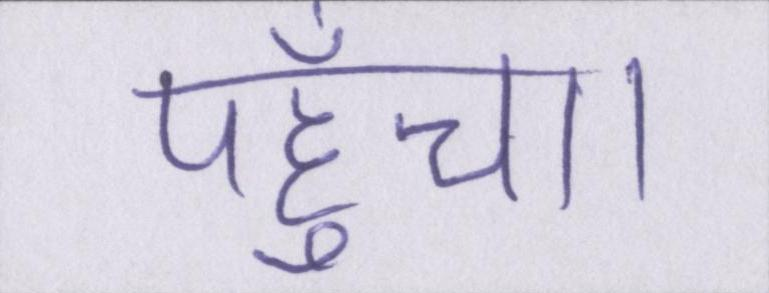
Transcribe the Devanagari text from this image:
पहुँचा।